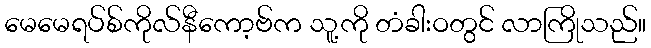
မေမေရပ်စ်ကိုလ်နီကော့ဗ်က သူ့ကို တံခါးဝတွင် လာကြိုသည်။